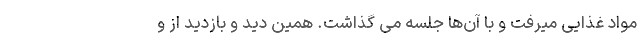
مواد غذایی میرفت و با آن‌ها جلسه می گذاشت. همین دید و بازدید از و